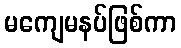
မကျေမနပ်ဖြစ်ကာ